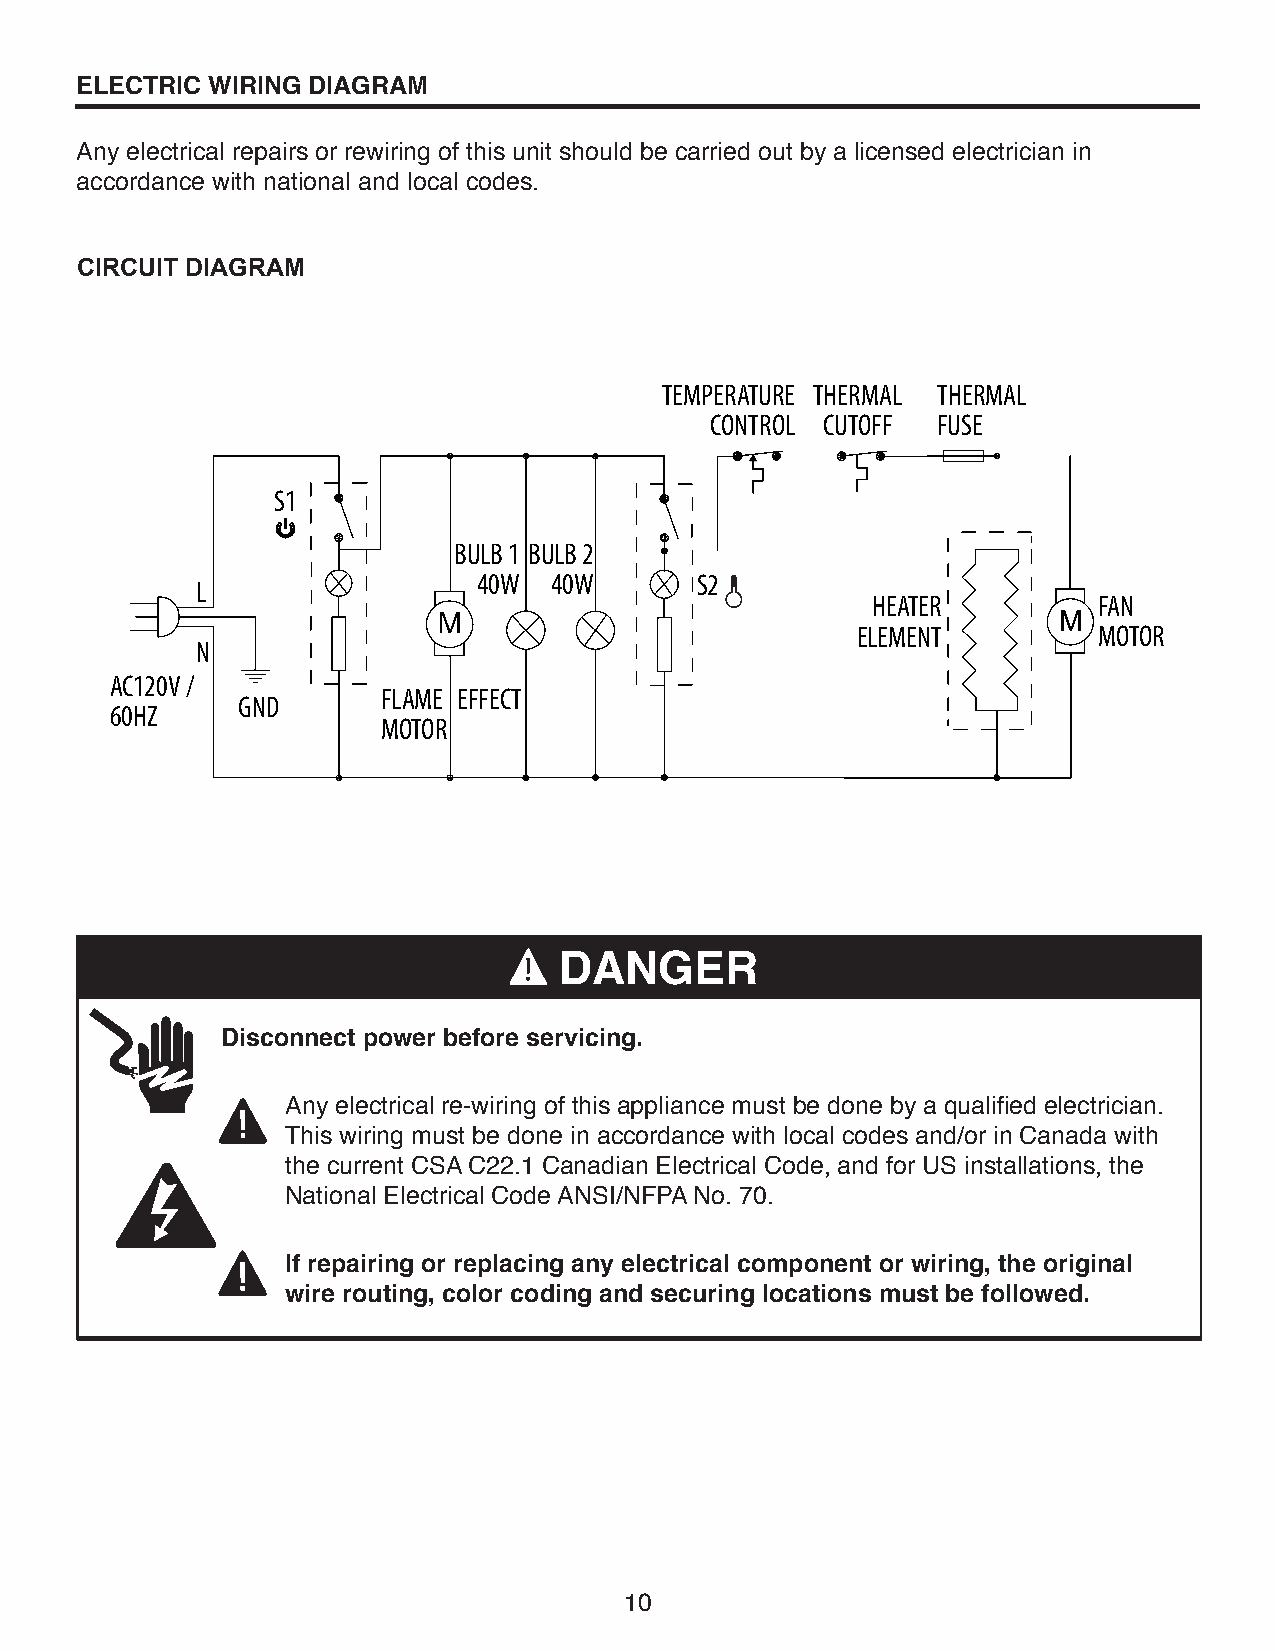
ELECTRIC WIRING DIAGRAM
 Any electrical repairs or rewiring of this unit should be carried out by a licensed electrician in
 accordance with national and local codes.
 CIRCUIT DIAGRAM
 TEMPERATURE THERMAL THERMAL
 CONTROL CUTOFF FUSE
 S1
 BULB 1 BULB 2
 40W 40W       S2
 L
 HEATER         FAN
 ELEMENT         MOTOR
 N
 AC120V /
 FLAME EFFECT
 GND
 60HZ
 MOTOR
 DANGER
 Disconnect power before servicing.
 Any electrical re-wiring of this appliance must be done by a qualified electrician.
 This wiring must be done in accordance with local codes and/or in Canada with
 the current CSA C22.1 Canadian Electrical Code, and for US installations, the
 National Electrical Code ANSI/NFPA No. 70.
 If repairing or replacing any electrical component or wiring, the original
 wire routing, color coding and securing locations must be followed.
 10